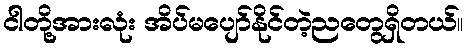
ငါတို့အားလုံး အိပ်မပျော်နိုင်တဲ့ညတွေရှိတယ်။